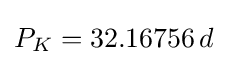
{\textstyle P_{K}=32.16756\,d}